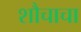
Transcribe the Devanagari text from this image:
शौचाचा